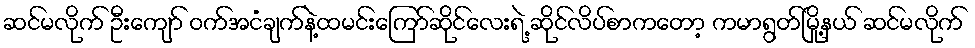
ဆင်မလိုက် ဦးကျော် ဝက်အငံချက်နဲ့ထမင်းကြော်ဆိုင်လေးရဲ့ ဆိုင်လိပ်စာကတော့ ကမာရွတ်မြို့နယ် ဆင်မလိုက်